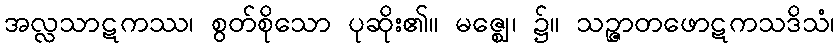
အလ္လသာဋကဿ၊ စွတ်စိုသော ပုဆိုး၏။ မဇ္ဈေ၊ ၌။ သဉ္ဇာတဖောဋကသဒိသံ၊